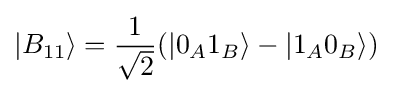
|B_{11}\rangle ={\frac {1}{\sqrt {2}}}(|0_{A}1_{B}\rangle -|1_{A}0_{B}\rangle )